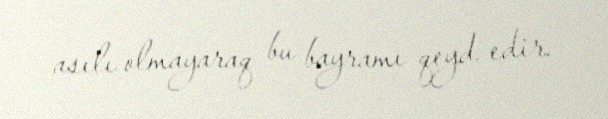
asılı olmayaraq bu bayramı qeyd edir.